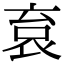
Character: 袬